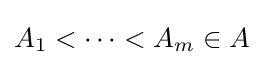
A_{1}<\cdots <A_{m}\in A